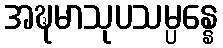
အဍ္ဎမာသုပသမ္ပန္နေ